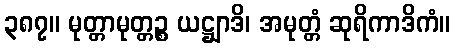
၃၈၇။ မုတ္တာမုတ္တဉ္စ ယဋ္ဌျာဒိ၊ အမုတ္တံ ဆုရိကာဒိကံ။